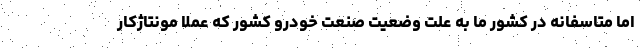
اما متاسفانه در کشور ما به علت وضعیت صنعت خودرو کشور که عملا مونتاژکار